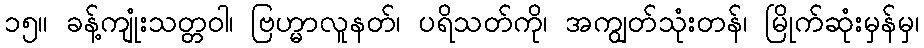
၁၅။ ခန့်ကျုံးသတ္တဝါ၊ ဗြဟ္မာလူနတ်၊ ပရိသတ်ကို၊ အကျွတ်သုံးတန်၊ မြိုက်ဆုံးမှန်မှ၊